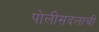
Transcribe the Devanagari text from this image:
पोलीसदलाची